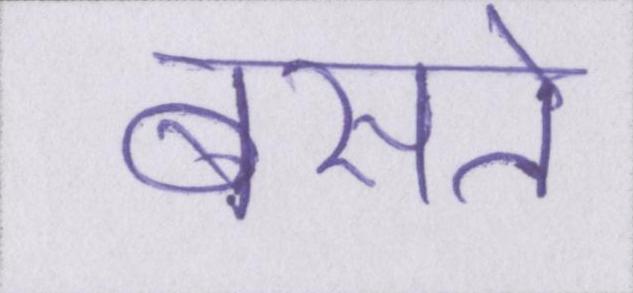
बसते